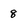
Character: 8